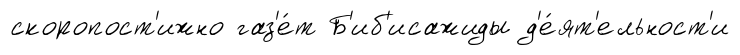
скоропост'ижно газ'е́т Б'иб'исажиды д'е́ят'ельност'и